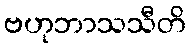
ဗဟုဘာသသီတိ